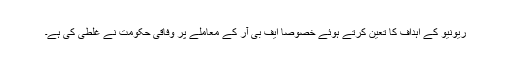
ریونیو کے اہداف کا تعین کرتے ہوئے خصوصاً ایف بی آر کے معاملے پر وفاقی حکومت نے غلطی کی ہے۔